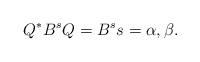
LaTeX: \begin{align*}Q^*B^sQ=B^{s}s=\alpha,\beta.\end{align*}